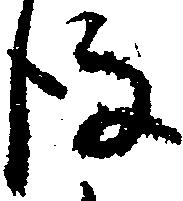
後